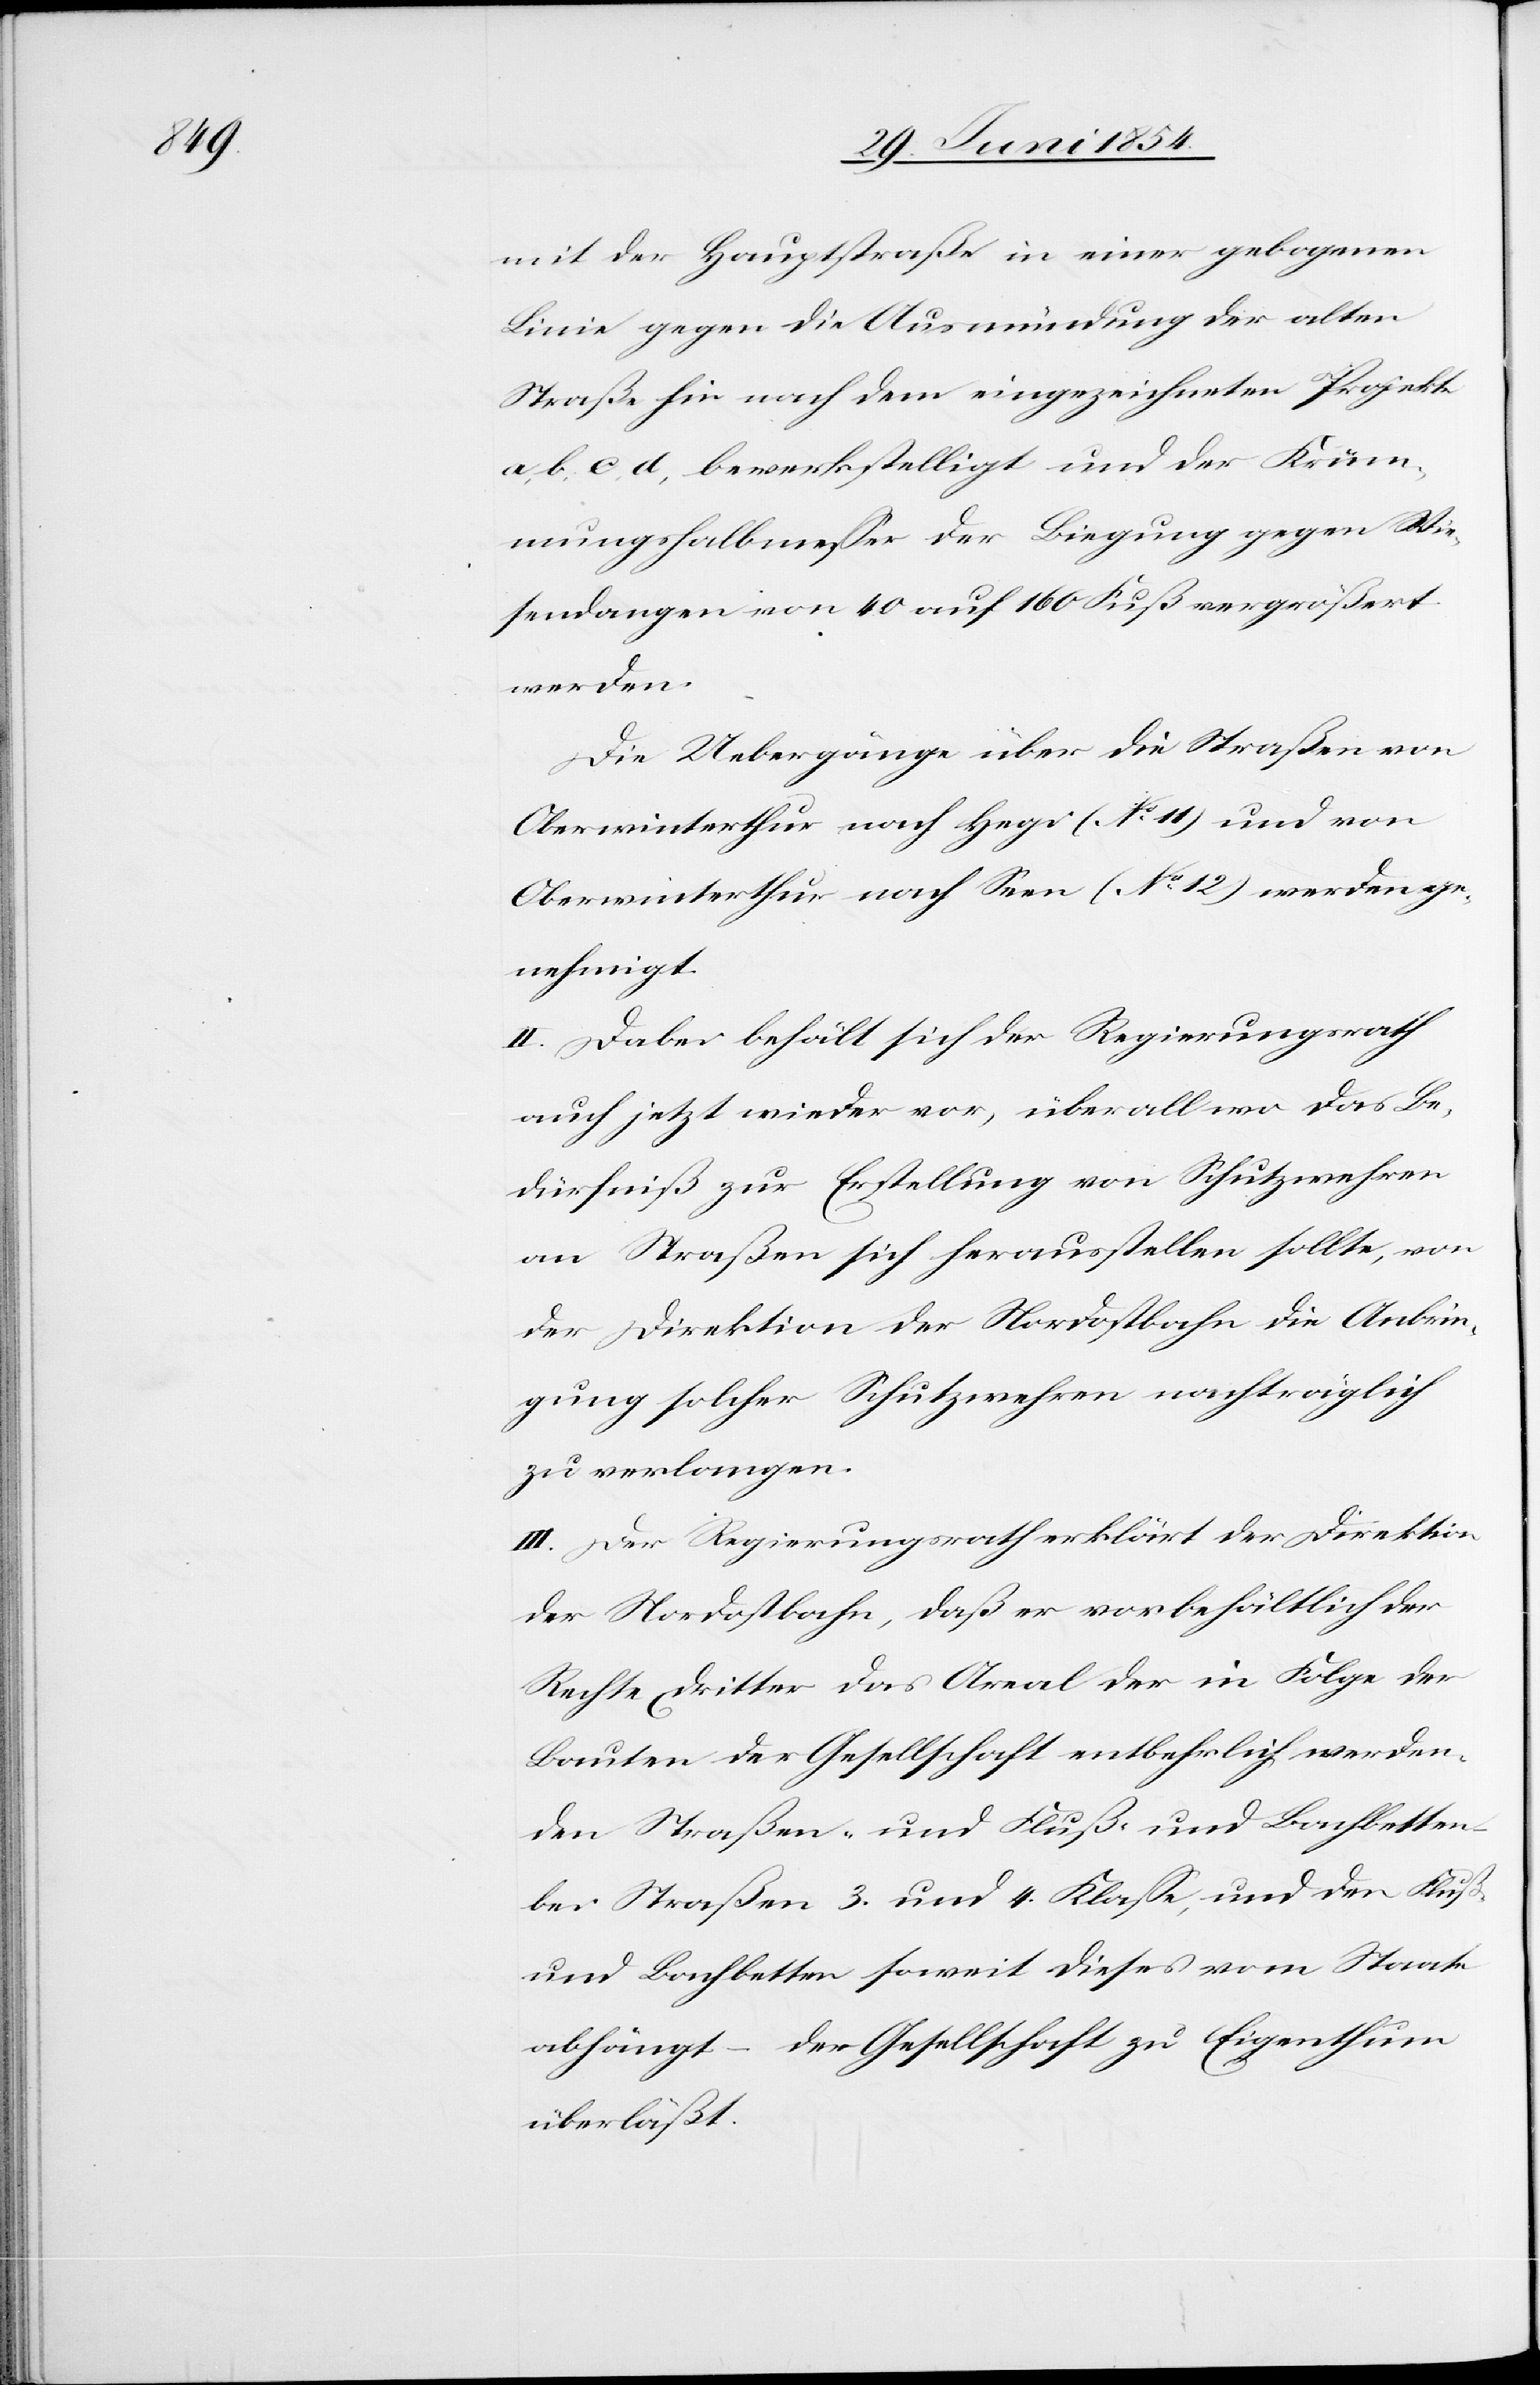
mit der Hauptstraße in einer gebogenen
Linie gegen die Ausmündung der alten
Straße hin nach dem eingezeichneten Projekt
a, b, c, d, bewerkstelligt und der Krüm¬
mungshalbmeßer der Biegung gegen Wie¬
sendangen von 40 auf 160 Fuß vergrößert
werden.
Die Uebergänge über die Straße von
Oberwinterthur nach Hegi (No 11) und von
Oberwinterthur nach Seen (No 12) werden ge¬
nehmigt.
II. Dabei behält sich der Regierungsrath
auch jetzt wieder vor, überall wo das Be¬
dürfniß zu Erstellung von Schutzwehren
an Straßen sich herausstellen sollte, von
der Direktion der Nordostbahn die Anbrin¬
gung solcher Schutzwehren nachträglich
zu verlangen.
III. Der Regierungsrath erklärt der Direktion
der Nordostbahn, daß er vorbehältlich der
Rechte Dritter das Areal der in Folge der
Bauten der Gesellschaft entbehrlich werden¬
den Straßen- und Fuß- und Bachbetten
bei Straßen 3. und 4. Klaße, und den Fuß-
und Bachbetten soweit dieses vom Staat
abhängt – der Gesellschaft zu Eigenthum
überläßt.